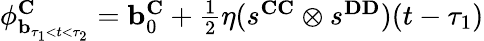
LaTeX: \begin{array}{r}{\mathbf{\phi}_{\mathbf{b}_{\tau_{1}<t<\tau_{2}}}^{\mathbf{C}}=\mathbf{b}_{0}^{\mathbf{C}}+\frac{1}{2}\eta(s^{\mathbf{CC}}\otimes s^{\mathbf{DD}})(t-\tau_{1})}\end{array}